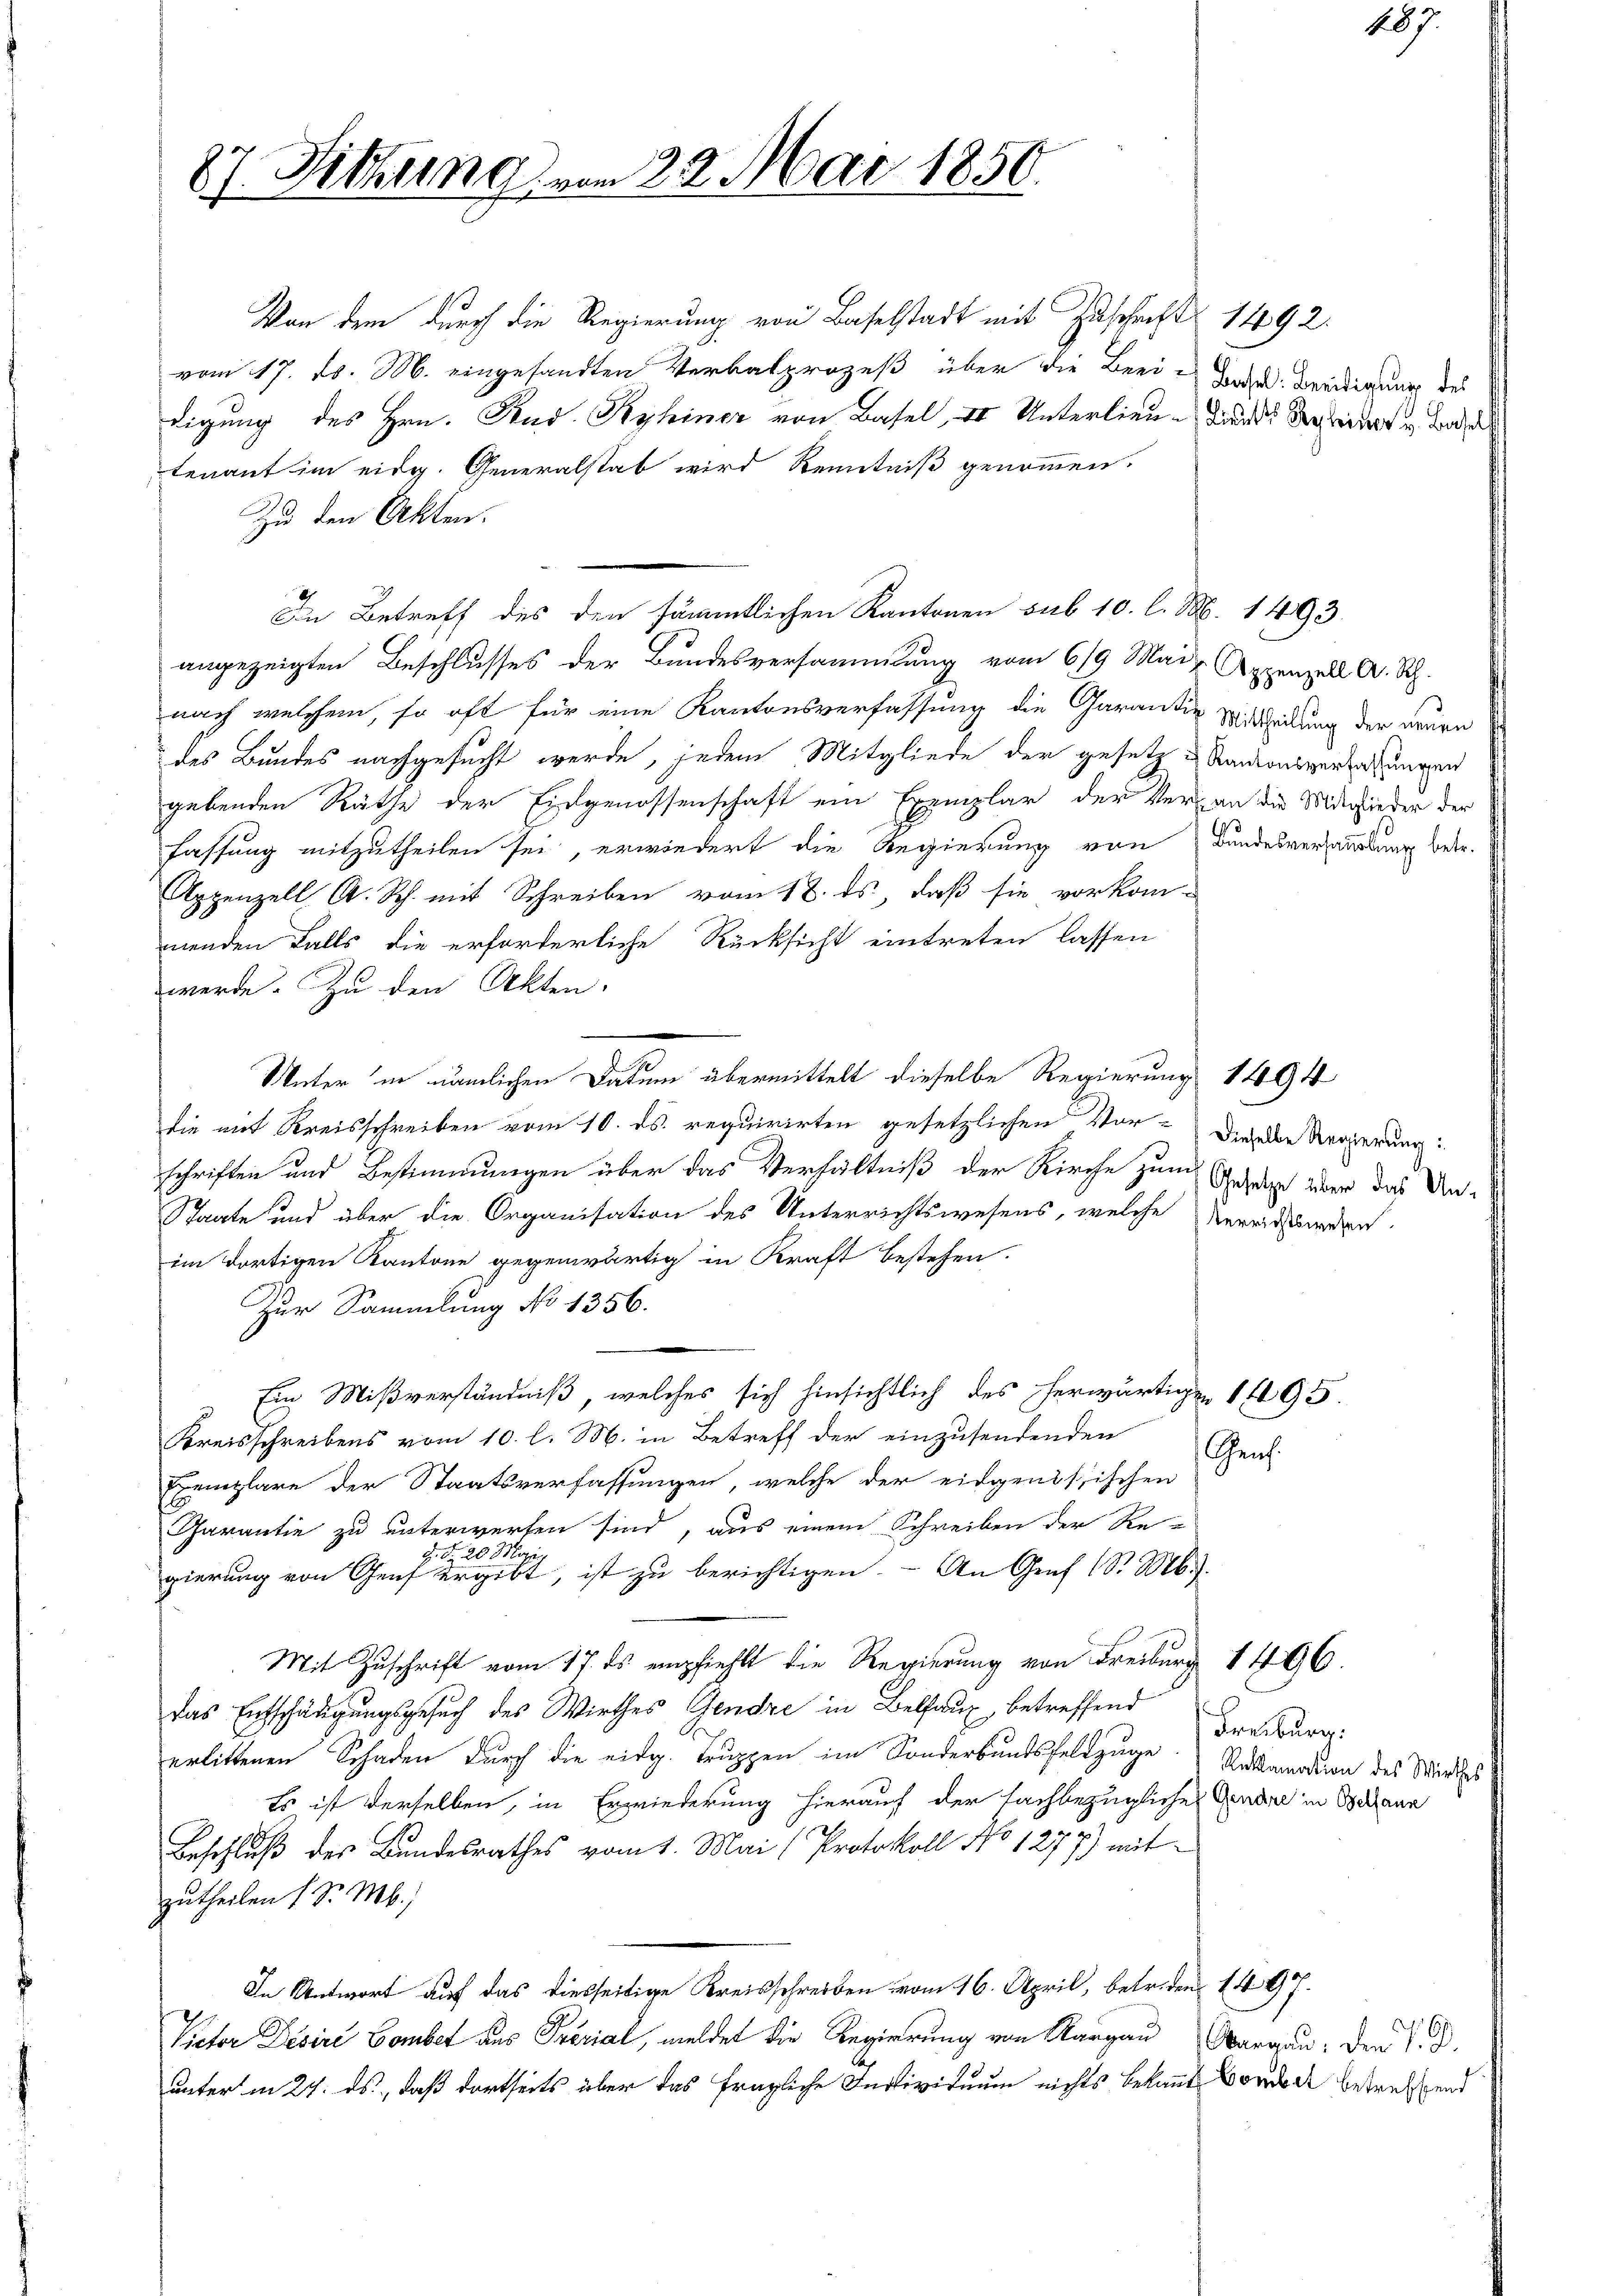
87. Sitzung vom 22. Mai 1850.

Von dem durch die Regierung von Baselstadt mit Zuschrift 1492.
vom 17. d. M. eingesandten Verbalprozeß über die Beei-Torte. Beendigung des
digung des Hrn. Rud. Kyhiner von Basel, II Unterlieu dans der beiders u. Base
tenant im eidg. Generalstab wird Kenntniß genommen.
Zu den Akten.
In Betreff des den sämmtlichen Kantonen sub 10. l. M. 1493.
angezeigten Beschlusses der Bundesversammlung vom 619 Mai, Appenzell A. Rh.
nach welchem, so oft für eine Kantonsverfassung die Garantie Mittheilung der neuen
des Bundes nachgesucht werde, jedem Mitgliede der gesetz u Kantonsverlesungen
gebenden Räthe der Eidgenossenschaft ein Exemplar der Vergan die Mitchieder der
fassung mitzutheilen sei, erwiedert die Regierung von Bandesversammlung betr.
Appenzell A. Rh. mit Schreiben vom 18. ds, daß sie vorkom-
menden Falls die erforderliche Rücksicht eintreten lassen
werde. Zu den Akten.
Unter in nämlichen Datum übermittelt dieselbe Regierung 1494
die mit Kreisschreiben vom 10. ds. requirirten gesetzlichen Vor-
schriften und Bestimmungen über das Verhältniß der Kirche zum Gesage über das Un¬
Staate und über die Organisation des Unterrichtswesens, welche Vereichwerden
im dortigen Kantone gegenwärtig in Kraft bestehen.
Zur Sammlung No 1356.
Ein Mißverständniß, welches sich hinsichtlich des herwärtigen 195.
Kreisschreibens vom 10. l. M. in Betreff der einzusendenden
Exemplare der Staatsverfassungen, welche der eidgenössischen
Garantie zu unterwerfen sind, aus einem Schreiben der Re-
H. Fr. 20 M
gierung von Genf ergibt, ist zu berichtigen. - An Graf Sr. Mb.).
Mit Zuschrift vom 17. ds empfiehlt die Regierung von Freiburg 1496.
das Entschädigungsgesuch des Wirthes Gendre in Belhaus, betreffend
erlittenen Schaden durch die eidg. Truppen im Sonderbundsfeldzüge Nothwerden des Stündiges
Es ist derselben, in Erwiederung hierauf der Fachbezügliche Genda in Behann
Beschluß des Bundesrathes vom 1. Mai (Protokoll No 1277) mit
zutheilen (S. Mb.;
In Antwort auf das diesseitige Kreisschreiben vom 16. April, betriden 1497.
Victor Desire Bomber aus Perial, meldet die Regierung von Margau, Aargau, den V. D.
unter in 27. ds., daß dortseits über das fragliche Individuum nichts bekannt Borode betreffend

Dieselbe Regierung:

Genf.

487.

Freiburg: